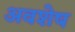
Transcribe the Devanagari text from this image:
अवशेष्‍ा